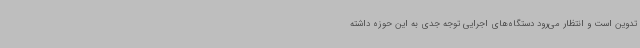
تدوین است و انتظار می‌رود دستگاه‌های اجرایی توجه جدی به این حوزه داشته